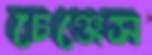
চেঞ্জেস